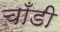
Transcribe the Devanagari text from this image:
चाँडी